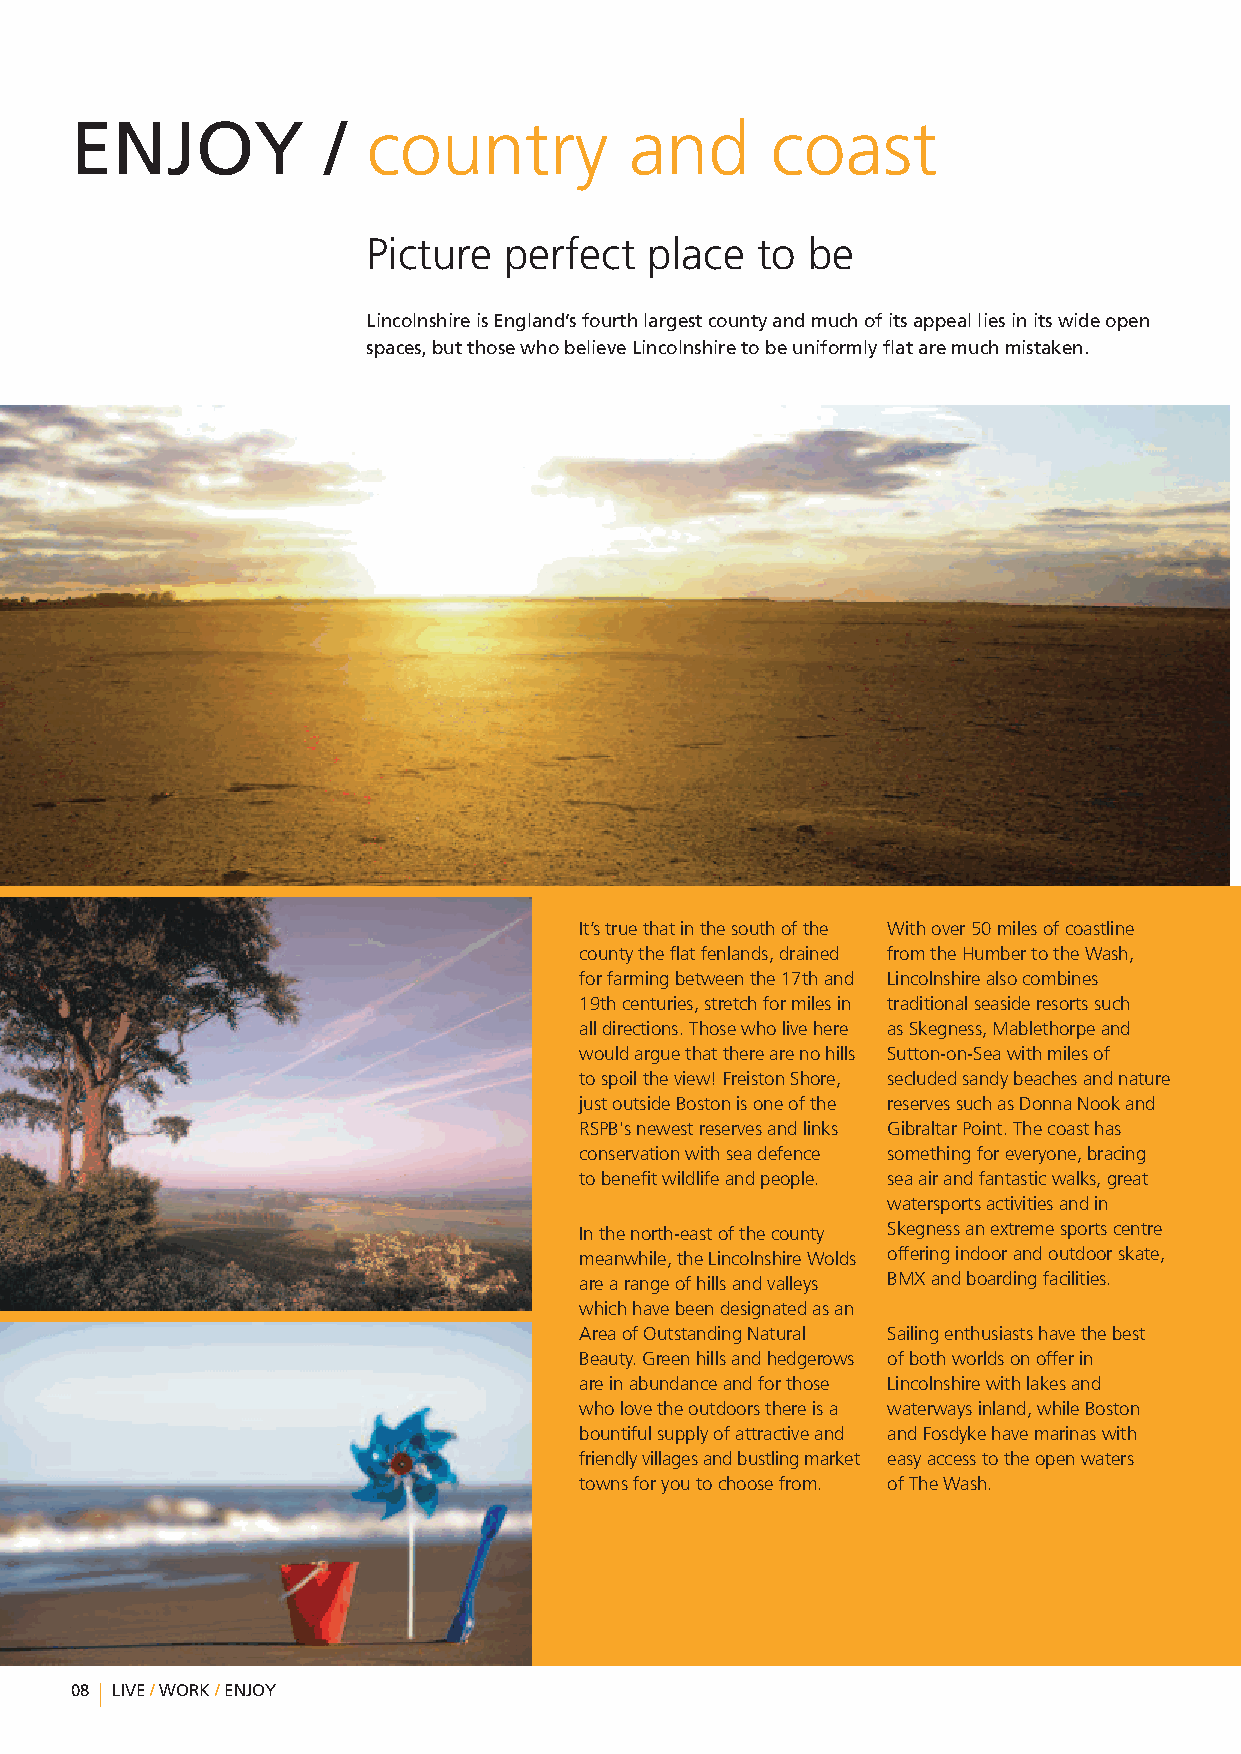
ENJOY            / country           and      coast
 Picture  perfect   place  to be
 LincolnshireisEngland’sfourthlargestcountyandmuchofitsappealliesinitswideopen
 spaces,butthosewhobelieveLincolnshiretobeuniformlyflataremuchmistaken.
 It’struethatinthesouthofthe Withover50milesofcoastline
 countytheflatfenlands,drained fromtheHumbertotheWash,
 forfarmingbetweenthe17thand Lincolnshirealsocombines
 19thcenturies,stretchformilesin traditionalseasideresortssuch
 alldirections.Thosewholivehere asSkegness,Mablethorpeand
 wouldarguethattherearenohills Sutton-on-Seawithmilesof
 tospoiltheview!FreistonShore, secludedsandybeachesandnature
 justoutsideBostonisoneofthe reservessuchasDonnaNookand
 RSPB'snewestreservesandlinks GibraltarPoint.Thecoasthas
 conservationwithseadefence somethingforeveryone,bracing
 tobenefitwildlifeandpeople. seaairandfantasticwalks,great
 watersportsactivitiesandin
 Inthenorth-eastofthecounty Skegnessanextremesportscentre
 meanwhile,theLincolnshireWolds offeringindoorandoutdoorskate,
 arearangeofhillsandvalleys BMXandboardingfacilities.
 whichhavebeendesignatedasan
 AreaofOutstandingNatural Sailingenthusiastshavethebest
 Beauty.Greenhillsandhedgerows ofbothworldsonofferin
 areinabundanceandforthose Lincolnshirewithlakesand
 wholovetheoutdoorsthereisa waterwaysinland,whileBoston
 bountifulsupplyofattractiveand andFosdykehavemarinaswith
 friendlyvillagesandbustlingmarket easyaccesstotheopenwaters
 townsforyoutochoosefrom. ofTheWash.
 08 LIVE/WORK/ENJOY